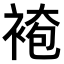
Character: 𧛍